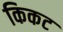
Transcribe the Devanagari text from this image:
किकट